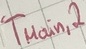
Text: TMain,2